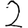
Digit: 2